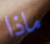
ماذا